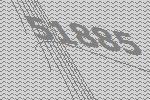
51885